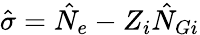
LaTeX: \hat{\sigma}=\hat{N}_{e}-Z_{i}\hat{N}_{Gi}